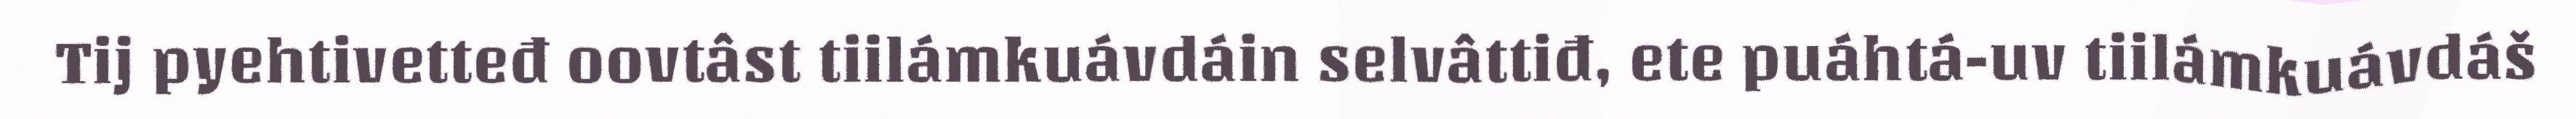
Tij pyehtivetteđ oovtâst tiilámkuávdáin selvâttiđ, ete puáhtá-uv tiilámkuávdáš